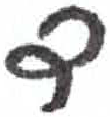
אות: ד